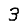
Digit: 3